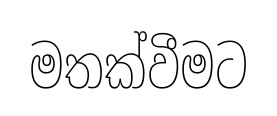
මතක්වීමට